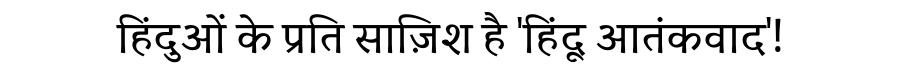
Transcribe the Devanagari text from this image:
हिंदुओं के प्रति साज़िश है 'हिंदू आतंकवाद'!